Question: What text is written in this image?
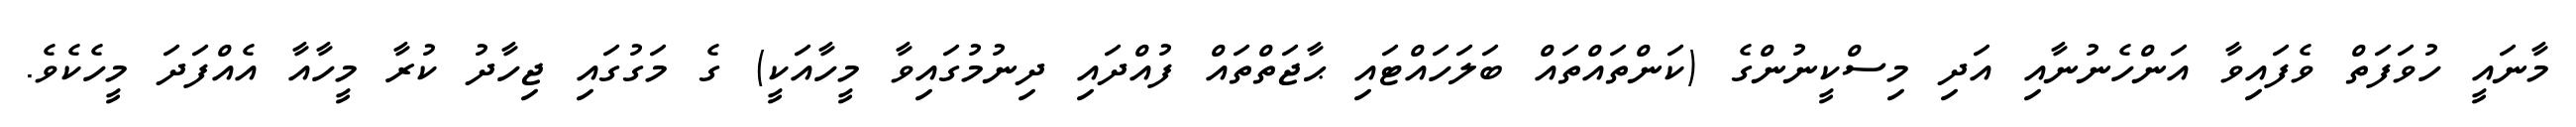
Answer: މާނައީ ހުވަފަތް ވެފައިވާ އަންހެނުނާއި އަދި މިސްކީނުންގެ (ކަންތައްތައް ބަލަހައްޓައި ޙާޖަތްތައް ފުއްދައި ދިނުމުގައިވާ މީހާއަކީ) ގެ މަގުގައި ޖިހާދު ކުރާ މީހާއާ އެއްފަދަ މީހެކެވެ.